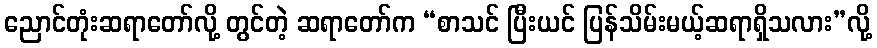
ညောင်တုံးဆရာတော်လို့ တွင်တဲ့ ဆရာတော်က “စာသင် ပြီးယင် ပြန်သိမ်းမယ့်ဆရာရှိသလား”လို့